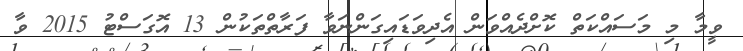
ވީމާ މި މަސައްކަތް ކޮށްދެއްވަން އެދިވަޑައިގަންނަވާ ފަރާތްތަކުން 13 އޮގަސްޓު 2015 ވާ